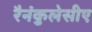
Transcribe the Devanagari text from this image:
रैनंकुलेसीए